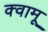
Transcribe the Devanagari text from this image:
क्वामू